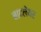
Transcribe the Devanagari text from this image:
बादलेयर